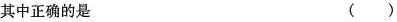
其中正确的是 ( )